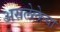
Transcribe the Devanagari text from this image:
असलेलेल्या